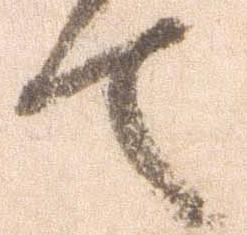
て